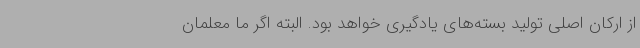
از ارکان اصلی تولید بسته‌های یادگیری خواهد بود. البته اگر ما معلمان